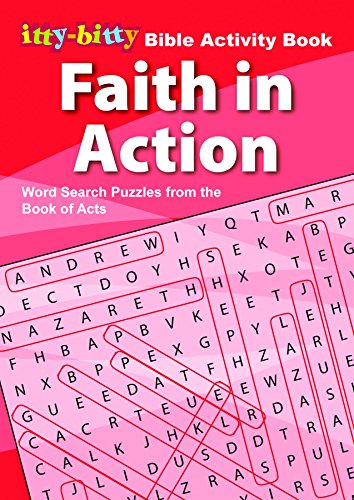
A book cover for IttyBitty Activity Book Faith in Action, Word Search; Warner Press Kids; Humor & Entertainment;